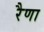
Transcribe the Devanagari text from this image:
रैणा